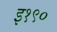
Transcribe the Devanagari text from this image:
इ१९०